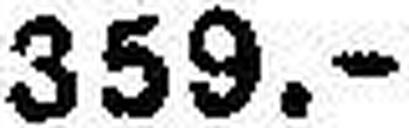
359.—